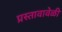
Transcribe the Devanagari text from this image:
प्रस्तावावेळी